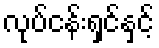
လုပ်ငန်းရှင်နှင့်